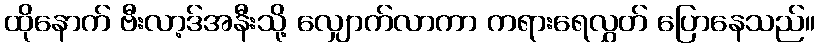
ထိုနောက် ဗီးလာ့ဒ်အနီးသို့ လျှောက်လာကာ ကရားရေလွှတ် ပြောနေသည်။